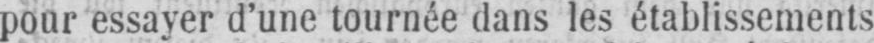
pour essayer d’une tournée dans les établissements